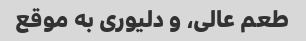
طعم عالی، و دلیوری به موقع